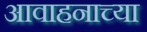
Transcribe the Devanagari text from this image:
आवाहनाच्या